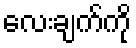
လေးချက်ကို